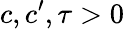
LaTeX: c,c^{\prime},\tau>0